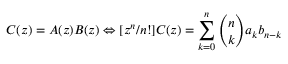
C ( z ) = A ( z ) B ( z ) \Leftrightarrow [ z ^ { n } / n ! ] C ( z ) = \sum _ { k = 0 } ^ { n } { \binom { n } { k } } a _ { k } b _ { n - k }